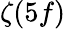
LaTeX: \zeta(5f)